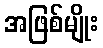
အဖြစ်မျိုး